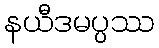
နယီဒမပ္ပဿ